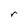
Character: r